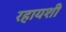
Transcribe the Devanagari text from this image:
रहायशी